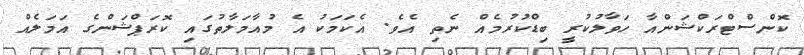
ކޮންސްޓްރަކްޝަންއާ ހަވާލުކުރީ ބިޑްކުރުމެއް ނެތި އެެވެ. އެކަމަކު އެ މުއާމަލާތުގައި ކޮރަޕްޝަންގެ އަމަލެއް